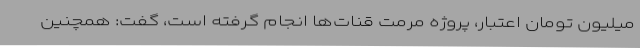
میلیون تومان اعتبار، پروژه مرمت قنات‌ها انجام گرفته است، گفت: همچنین